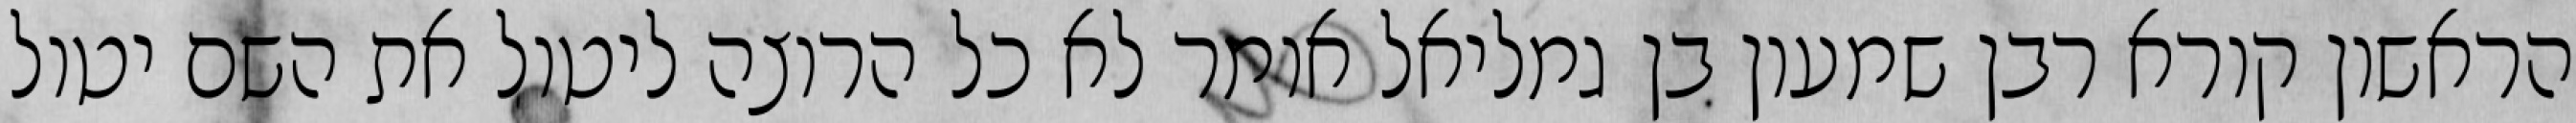
הראשון קורא רבן שמעון בן גמליאל אומר לא כל הרוצה ליטול את השם יטול